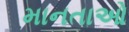
માનતાઓ